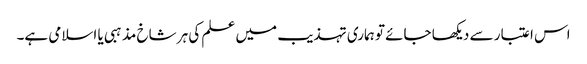
اس اعتبار سے دیکھا جائے تو ہماری تہذیب میں علم کی ہر شاخ مذہبی یا اسلامی ہے۔